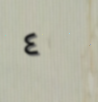
٤